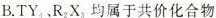
B.TY_{4}、R_{2}X_{3}均属于共价化合物